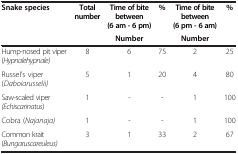
| <ROWSPAN=2> Snake species | <ROWSPAN=2> Total number | Time of bite between (6 am - 6 pm) | <ROWSPAN=2> % | Time of bite between (6 pm - 6 am) | <ROWSPAN=2> % |
 | Number | Number |
 | --- | --- | --- | --- | --- | --- |
 | Hump-nosed pit viper (Hypnalehypnale) | 8 | 6 | 75 | 2 | 25 |
 | Russel’s viper (Daboiarusselii) | 5 | 1 | 20 | 4 | 80 |
 | Saw-scaled viper (Echiscarinatus) | 1 | - | - | 1 | 100 |
 | Cobra (Najanaja) | 1 | - | - | 1 | 100 |
 | Common krait (Bungaruscareuleus) | 3 | 1 | 33 | 2 | 67 |